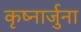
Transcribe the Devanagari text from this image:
कृष्नार्जुना